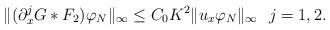
LaTeX: \begin{align*}&\|(\partial_x^jG\ast F_2)\varphi _N\|_{\infty}\leq C_0K^2 \|u_x\varphi _N\|_{\infty}~~j=1,2.\end{align*}